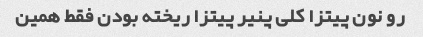
رو نون پیتزا کلی پنیر پیتزا ریخته بودن فقط همین